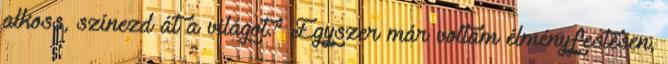
alkoss, színezd át a világot.” Egyszer már voltam élményfestésen,